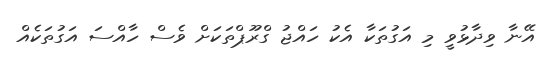
އޭނާ ވިދާޅުވީ މި އަގުތަކާ އެކު ހައްޖު ގްރޫޕްތަކަށް ވެސް ހާއްސަ އަގުތަކެއް